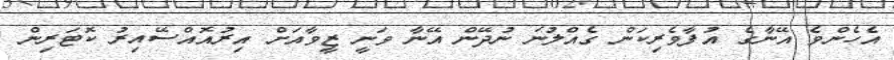
އެހެންވެ އޭނާގެ އުފާވެރިކަން ގެއްލުނަ ނުދޭން އޭނާ ވަނީ ޒީވާއަށް އިރުއޮއްސޭއިރު ކޮޓަރިން